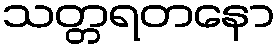
သတ္တရတနော